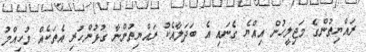
ރައްޔިތުންގެ މަޖިލީހުން އިއްޔެ ގެނައި އެ ބަދަލާއެކު ރައްޔިތުންނާ ގުޅުންހުރި އެތަކެއް މުހިއްމު